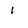
Character: 1